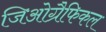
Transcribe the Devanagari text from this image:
जिओग्रैफिकल